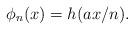
LaTeX: \begin{align*}\phi_n(x)= h(a x/ n).\end{align*}